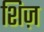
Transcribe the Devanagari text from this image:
शिज़